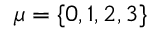
\mu = \{ 0 , 1 , 2 , 3 \}